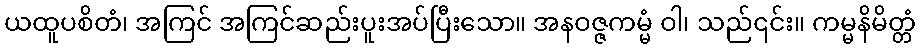
ယထူပစိတံ၊ အကြင် အကြင်ဆည်းပူးအပ်ပြီးသော။ အနဝဇ္ဇကမ္မံ ဝါ၊ သည်၎င်း။ ကမ္မနိမိတ္တံ